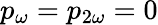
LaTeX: p_{\omega}=p_{2\omega}=0